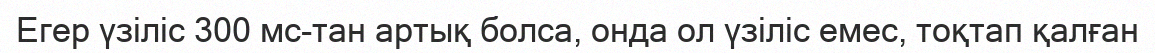
Егер үзіліс 300 мс-тан артық болса, онда ол үзіліс емес, тоқтап қалған